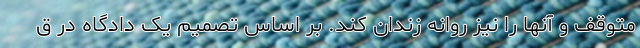
متوقف و آنها را نیز روانه زندان کند. بر اساس تصمیم یک دادگاه در ق